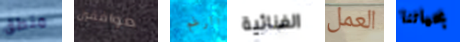
منطق موافقين الرغم الغنائية العمل بحياتنا